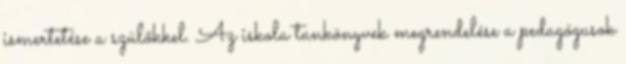
ismertetése a szülőkkel. Az iskola tankönyvek megrendelése a pedagógusok